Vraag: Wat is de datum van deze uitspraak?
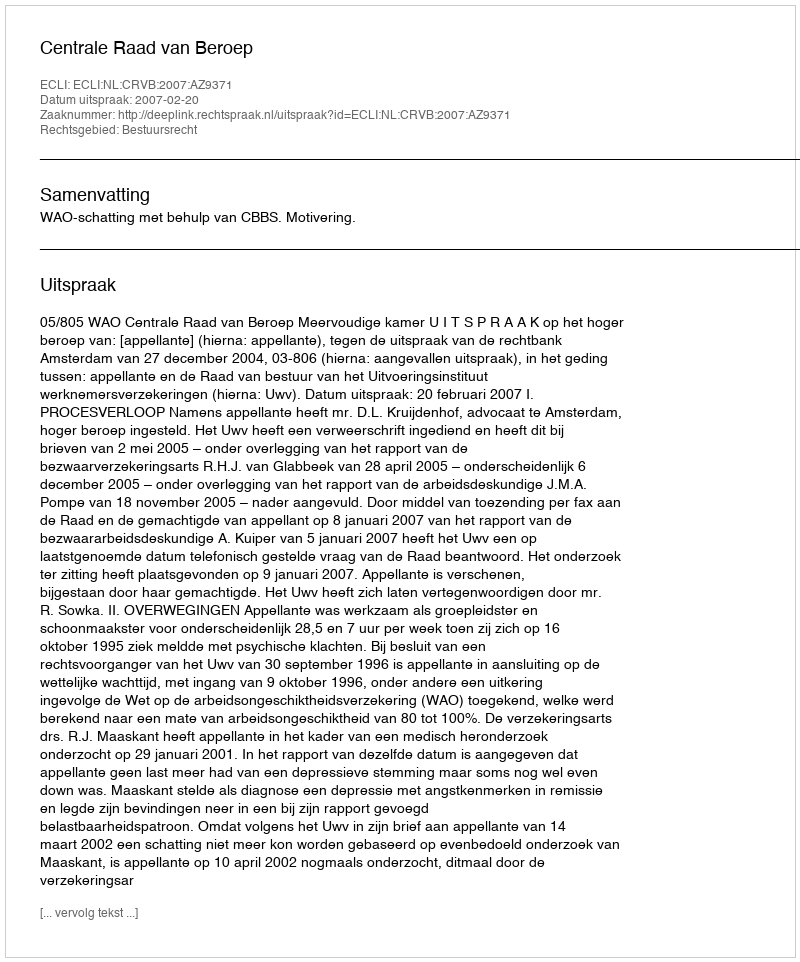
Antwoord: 2007-02-20